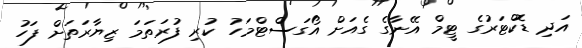
އަދި ޑޮކްޓަރުގެ ޓީމް އޭނާގެ ގެއަށް އޯގަސްޓްމަހު ކުރި ފުރަތަމަ ޒިޔާރަތަށް ފަހު